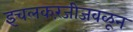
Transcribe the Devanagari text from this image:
इचलकरंजीजवळून